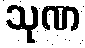
သုဏ